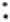
: